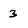
Character: 3